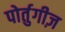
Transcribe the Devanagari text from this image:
पोर्तुगीज़